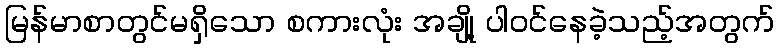
မြန်မာစာတွင်မရှိသော စကားလုံး အချို့ ပါဝင်နေခဲ့သည့်အတွက်